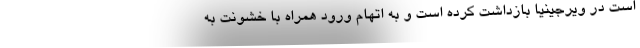
است در ویرجینیا بازداشت کرده است و به اتهام ورود همراه با خشونت به